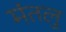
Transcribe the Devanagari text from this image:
मंतलु